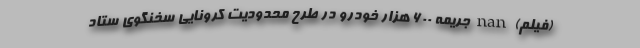
(فیلم) nan جریمه ۶۰۰ هزار خودرو در طرح محدودیت کرونایی سخنگوی ستاد